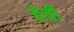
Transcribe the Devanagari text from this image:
हेची